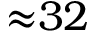
{ \approx } 3 2